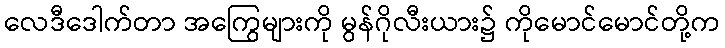
လေဒီဒေါက်တာ အကြွေများကို မွန်ဂိုလီးယား၌ ကိုမောင်မောင်တို့က